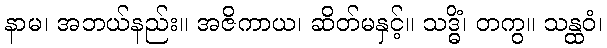
နာမ၊ အဘယ်နည်း။ အဇိကာယ၊ ဆိတ်မနှင့်။ သဒ္ဓိံ၊ တကွ။ သန္ထဝံ၊